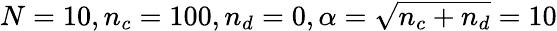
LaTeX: N=10,n_{c}=100,n_{d}=0,\alpha=\sqrt{n_{c}+n_{d}}=10